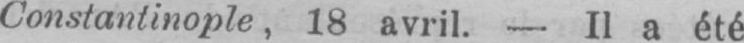
Constantinople, 18 avril. - Il a été